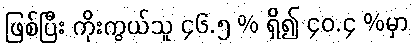
ဖြစ်ပြီး ကိုးကွယ်သူ ၄၆.၅ % ရှိ၍ ၄၀.၄ %မှာ